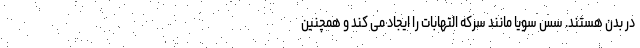
در بدن هستند. سس سویا مانند سرکه التهابات را ایجاد می کند و همچنین